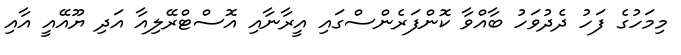
މިމަހުގެ ފަހު ދެދުވަހު ބާއްވާ ކޮންފަރެންސްގައި އީރާނާއި އޮސްޓްރޭލިއާ އަދި ޔޫއޭއީ އާއި